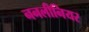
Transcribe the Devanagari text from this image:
ननलीनियर